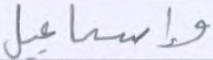
وإسماعيل